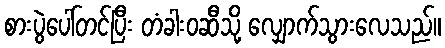
စားပွဲပေါ်တင်ပြီး တံခါးဝဆီသို့ လျှောက်သွားလေသည်။